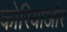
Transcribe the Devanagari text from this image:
कोरियाऔर